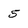
Character: 5